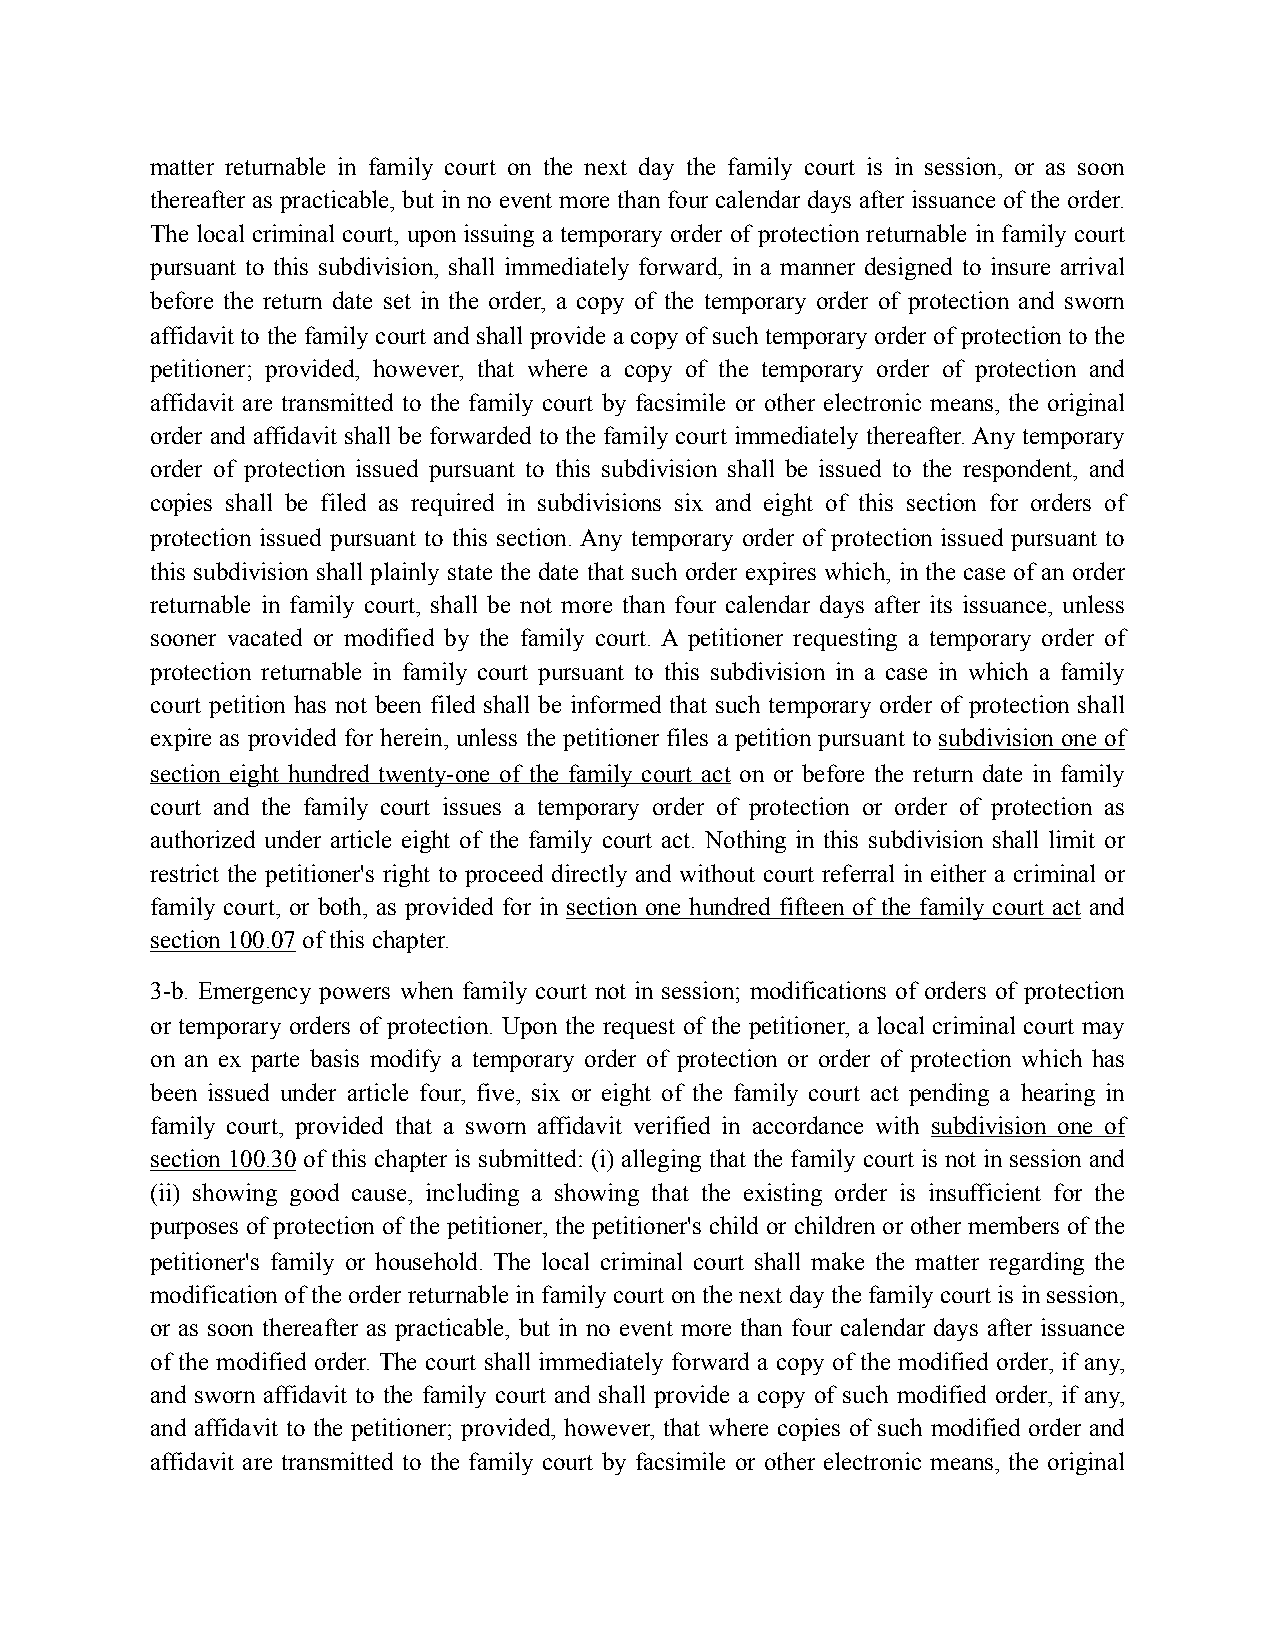
matter returnable in family court on the next day the family court is in session, or as soon
 thereafter as practicable, but in no event more than four calendar days after issuance of the order.
 The local criminal court, upon issuing a temporary order of protection returnable in family court
 pursuant to this subdivision, shall immediately forward, in a manner designed to insure arrival
 before the return date set in the order, a copy of the temporary order of protection and sworn
 affidavit to the family court and shall provide a copy of such temporary order of protection to the
 petitioner; provided, however, that where a copy of the temporary order of protection and
 affidavit are transmitted to the family court by facsimile or other electronic means, the original
 order and affidavit shall be forwarded to the family court immediately thereafter. Any temporary
 order of protection issued pursuant to this subdivision shall be issued to the respondent, and
 copies shall be filed as required in subdivisions six and eight of this section for orders of
 protection issued pursuant to this section. Any temporary order of protection issued pursuant to
 this subdivision shall plainly state the date that such order expires which, in the case of an order
 returnable in family court, shall be not more than four calendar days after its issuance, unless
 sooner vacated or modified by the family court. A petitioner requesting a temporary order of
 protection returnable in family court pursuant to this subdivision in a case in which a family
 court petition has not been filed shall be informed that such temporary order of protection shall
 expire as provided for herein, unless the petitioner files a petition pursuant to subdivision one of
 section eight hundred twenty-one of the family court act on or before the return date in family
 court and the family court issues a temporary order of protection or order of protection as
 authorized under article eight of the family court act. Nothing in this subdivision shall limit or
 restrict the petitioner's right to proceed directly and without court referral in either a criminal or
 family court, or both, as provided for in section one hundred fifteen of the family court act and
 section 100.07 of this chapter.
 3-b. Emergency powers when family court not in session; modifications of orders of protection
 or temporary orders of protection. Upon the request of the petitioner, a local criminal court may
 on an ex parte basis modify a temporary order of protection or order of protection which has
 been issued under article four, five, six or eight of the family court act pending a hearing in
 family court, provided that a sworn affidavit verified in accordance with subdivision one of
 section 100.30 of this chapter is submitted: (i) alleging that the family court is not in session and
 (ii) showing good cause, including a showing that the existing order is insufficient for the
 purposes of protection of the petitioner, the petitioner's child or children or other members of the
 petitioner's family or household. The local criminal court shall make the matter regarding the
 modification of the order returnable in family court on the next day the family court is in session,
 or as soon thereafter as practicable, but in no event more than four calendar days after issuance
 of the modified order. The court shall immediately forward a copy of the modified order, if any,
 and sworn affidavit to the family court and shall provide a copy of such modified order, if any,
 and affidavit to the petitioner; provided, however, that where copies of such modified order and
 affidavit are transmitted to the family court by facsimile or other electronic means, the original